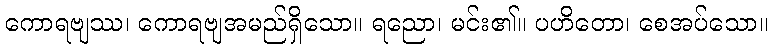
ကောရဗျဿ၊ ကောရဗျအမည်ရှိသော။ ရညော၊ မင်း၏။ ပဟိတော၊ စေအပ်သော။